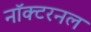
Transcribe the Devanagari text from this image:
नॉक्टरनल